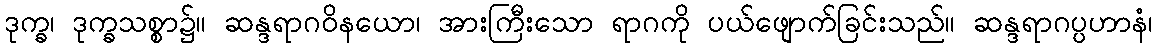
ဒုက္ခ၊ ဒုက္ခသစ္စာ၌။ ဆန္ဒရာဂဝိနယော၊ အားကြီးသော ရာဂကို ပယ်ဖျောက်ခြင်းသည်။ ဆန္ဒရာဂပ္ပဟာနံ၊